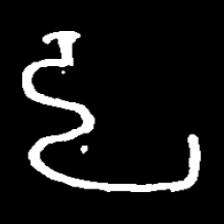
Pyu character \u2014 Myanmar letter: ဠ (romanized: lla)